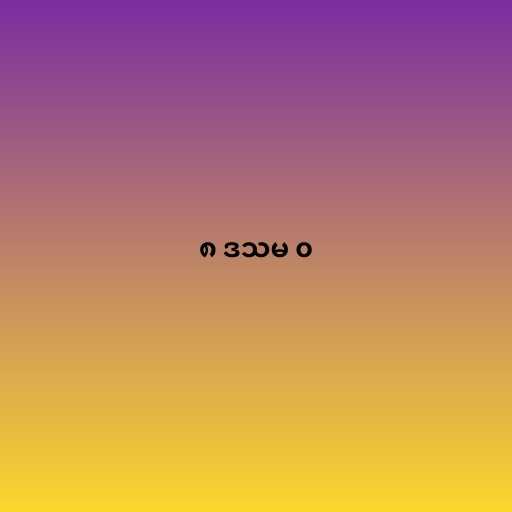
၈ ဒသမ ၀